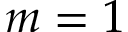
m = 1